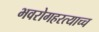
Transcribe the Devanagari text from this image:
भवरोगहरत्याच्च